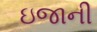
ઇજાની